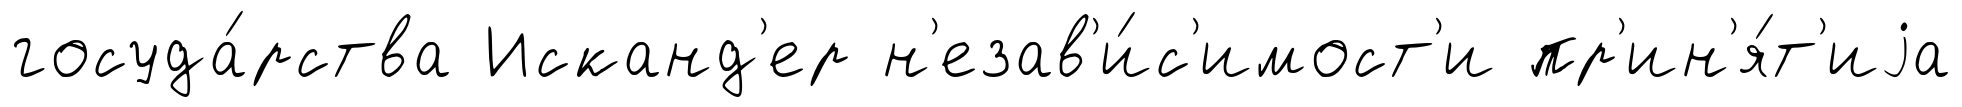
госуда́рства Исканд'ер н'езав'и́с'имост'и пр'ин'я́т'иjа